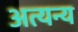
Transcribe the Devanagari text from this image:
अत्यन्य